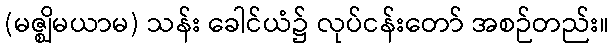
(မဇ္ဈိမယာမ) သန်း ခေါင်ယံ၌ လုပ်ငန်းတော် အစဉ်တည်း။